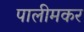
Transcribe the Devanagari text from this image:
पालीमकर